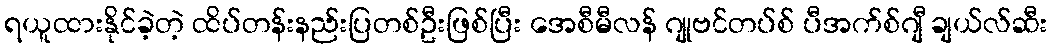
ရယူထားနိုင်ခဲ့တဲ့ ထိပ်တန်းနည်းပြတစ်ဦးဖြစ်ပြီး အေစီမီလန် ဂျုဗင်တပ်စ် ပီအက်စ်ဂျီ ချယ်လ်ဆီး